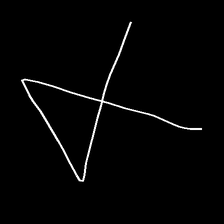
Glyph: collection